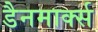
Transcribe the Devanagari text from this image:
डैनमार्क्स